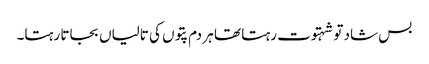
بس شاد تو شہتوت رہتا تھا ہر دم پتوں کی تالیاں بجاتا رہتا۔